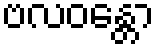
ဗလဝန္တော